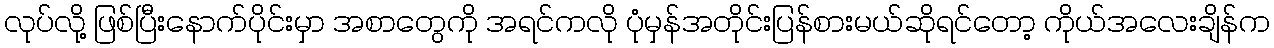
လုပ်လို့ ဖြစ်ပြီးနောက်ပိုင်းမှာ အစာတွေကို အရင်ကလို ပုံမှန်အတိုင်းပြန်စားမယ်ဆိုရင်တော့ ကိုယ်အလေးချိန်က